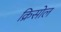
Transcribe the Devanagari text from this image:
क्रिसोल